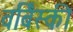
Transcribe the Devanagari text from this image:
वर्बिंस्की